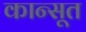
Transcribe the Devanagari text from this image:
कान्सूत